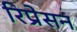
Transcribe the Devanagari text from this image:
रिप्रेसन